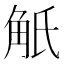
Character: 觗